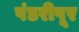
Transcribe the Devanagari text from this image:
पंडरीपूर